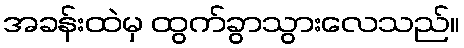
အခန်းထဲမှ ထွက်ခွာသွားလေသည်။